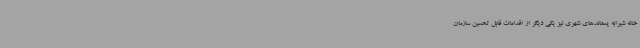
خانه شیرابه پسماندهای شهری نیز یکی دیگر از اقدامات قابل تحسین سازمان